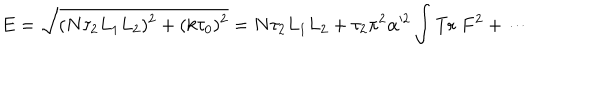
E = \sqrt { ( N \tau _ { 2 } L _ { 1 } L _ { 2 } ) ^ { 2 } + ( k \tau _ { 0 } ) ^ { 2 } } = N \tau _ { 2 } L _ { 1 } L _ { 2 } + \tau _ { 2 } \pi ^ { 2 } \alpha ^ { 2 } \int \mathrm { T r } \; F ^ { 2 } + \cdots